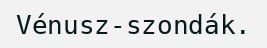
Vénusz-szondák.